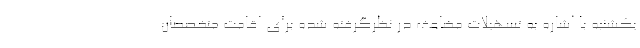
یکشنبه با اشاره به تسهیلات مضاعف در نظرگرفته شده برای اقامت متخصصان